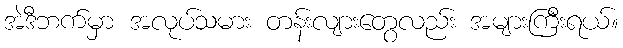
အဲဒီဘက်မှာ အလုပ်သမား တန်းလျားတွေလည်း အများကြီးရယ်။